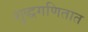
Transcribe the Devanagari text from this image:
शुद्धगणितात